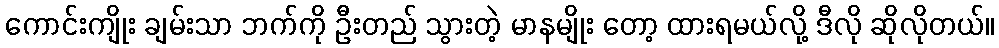
ကောင်းကျိုး ချမ်းသာ ဘက်ကို ဦးတည် သွားတဲ့ မာနမျိုး တော့ ထားရမယ်လို့ ဒီလို ဆိုလိုတယ်။